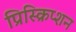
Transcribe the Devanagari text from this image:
प्रिस्क्रिप्शन